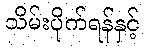
သိမ်းပိုက်ရန်နှင့်